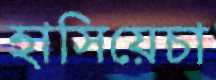
হাসিয়েচা